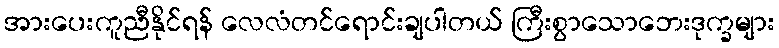
အားပေးကူညီနိုင်ရန် လေလံတင်ရောင်းချပါတယ် ကြီးစွာသောဘေးဒုက္ခများ